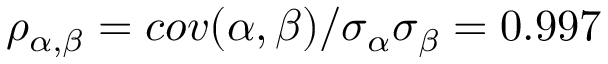
\rho _ { \alpha , \beta } = c o v ( \alpha , \beta ) / \sigma _ { \alpha } \sigma _ { \beta } = 0 . 9 9 7